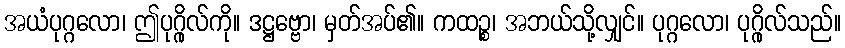
အယံပုဂ္ဂလော၊ ဤပုဂ္ဂိုလ်ကို။ ဒဋ္ဌဗ္ဗော၊ မှတ်အပ်၏။ ကထဉ္စ၊ အဘယ်သို့လျှင်။ ပုဂ္ဂလော၊ ပုဂ္ဂိုလ်သည်။